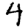
Digit: 4